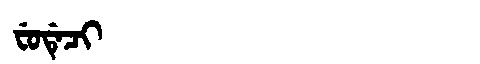
Manchu: ᠸᡠᡩᡝᠴᡳ
Romanization: FUDECI